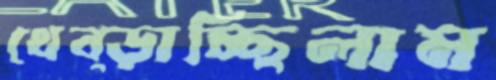
থেব্‌ড়াচ্ছিলাম